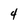
Character: 4